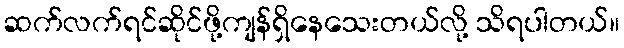
ဆက်လက်ရင်ဆိုင်ဖို့ကျန်ရှိနေသေးတယ်လို့ သိရပါတယ်။